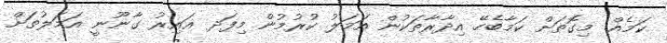
ކަމެއް. މިގޮތަށް ކަމާބެހޭ އިދާރާތަކުން އަމަލު ކުރުމުން މިފަދ ޣައިރު ގާނޫނީ އަމަލުތަށް